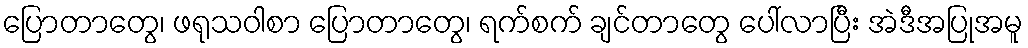
ပြောတာတွေ၊ ဖရုသဝါစာ ပြောတာတွေ၊ ရက်စက် ချင်တာတွေ ပေါ်လာပြီး အဲဒီအပြုအမူ